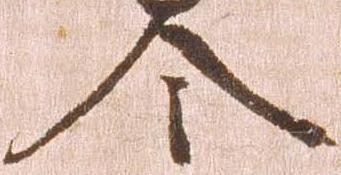
令